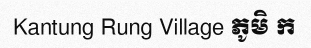
Kantung Rung Village ភូមិ ក